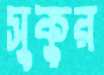
সুকুর